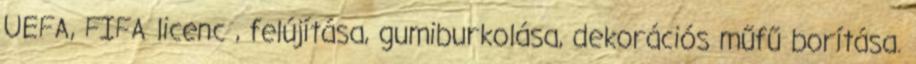
UEFA, FIFA licenc , felújítása, gumiburkolása, dekorációs műfű borítása.